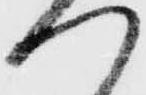
つ